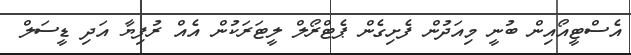
އެސްޓީއޯއިން ބުނީ މިއަދުން ފެށިގެން ޕެޓްރޯލް ލީޓަރަކުން އެއް ރުފިޔާ އަދި ޑީސަލް